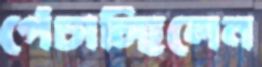
পেঁচাচ্ছিলেন